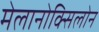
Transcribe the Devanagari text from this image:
मेलानोक्सिलोन